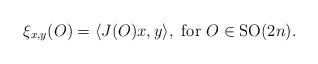
LaTeX: \begin{align*} \xi_{x,y}(O) = \langle J(O)x,y \rangle, \ {\rm for} \ O \in {\rm SO}(2n). \end{align*}